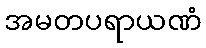
အမတပရာယဏံ